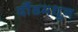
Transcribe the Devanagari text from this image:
दौंडमधून